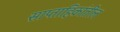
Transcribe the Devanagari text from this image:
साप्ताहिकांतील